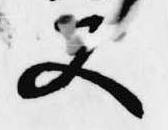
又